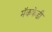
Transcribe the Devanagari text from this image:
मॅकक्रेडी